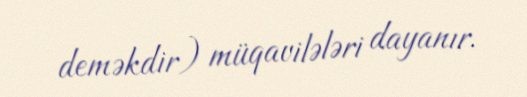
deməkdir) müqavilələri dayanır.